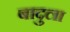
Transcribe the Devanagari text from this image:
बादुला